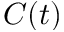
C ( t )